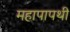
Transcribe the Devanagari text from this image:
महापापथी